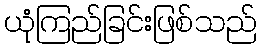
ယုံကြည်ခြင်းဖြစ်သည်